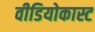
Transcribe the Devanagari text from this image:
वीडियोकास्ट